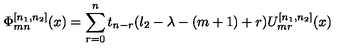
\Phi _ { m n } ^ { [ n _ { 1 } , n _ { 2 } ] } ( x ) = \sum _ { r = 0 } ^ { n } t _ { n - r } ( l _ { 2 } - \lambda - ( m + 1 ) + r ) U _ { m r } ^ { [ n _ { 1 } , n _ { 2 } ] } ( x )